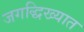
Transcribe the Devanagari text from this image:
जगद्धिख्यात